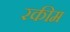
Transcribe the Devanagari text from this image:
रकीम